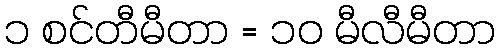
၁ စင်တီမီတာ = ၁၀ မီလီမီတာ